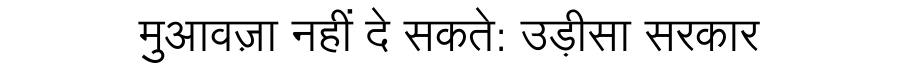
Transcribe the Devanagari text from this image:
मुआवज़ा नहीं दे सकते: उड़ीसा सरकार